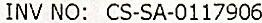
INV NO: CS-SA-0117906